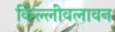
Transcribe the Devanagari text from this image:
किल्लीवलावन